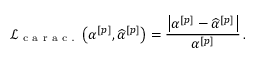
\mathcal { L } _ { \mathrm { ~ c ~ a ~ r ~ a ~ c ~ . ~ } } \left( \alpha ^ { [ p ] } , \widehat { \alpha } ^ { [ p ] } \right) = \frac { \big | \alpha ^ { [ p ] } - \widehat { \alpha } ^ { [ p ] } \big | } { \alpha ^ { [ p ] } } \, .